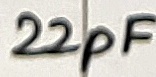
Text: 22pF